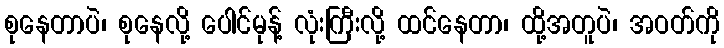
စုနေတာပဲ၊ စုနေလို့ ပေါင်မုန့် လုံးကြီးလို့ ထင်နေတာ၊ ထို့အတူပဲ၊ အဝတ်ကို